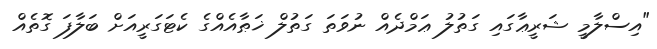
"އިސްލާމީ ޝަރީޢާގައި ގަތުލު ޢަމްދެއް ނުވަތަ ގަތުލް ޚަޠާއެއްގެ ކެޓަގަރީއަށް ބަލާފަ ގޮތެއް